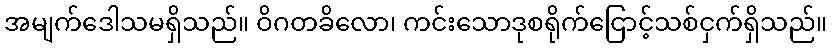
အမျက်ဒေါသမရှိသည်။ ဝိဂတခိလော၊ ကင်းသောဒုစရိုက်ငြောင့်သစ်ငှက်ရှိသည်။